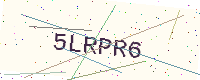
Text: 5LRPR6